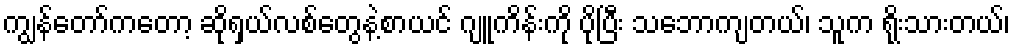
ကျွန်တော်ကတော့ ဆိုရှယ်လစ်တွေနဲ့စာယင် ဂျူကိန်းကို ပိုပြီး သဘောကျတယ်၊ သူက ရိုးသားတယ်၊